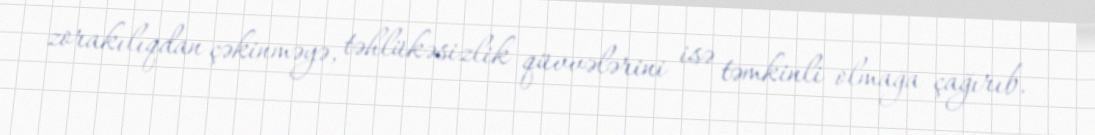
zorakılıqdan çəkinməyə, təhlükəsizlik qüvvələrini isə təmkinli olmağa çağırıb.